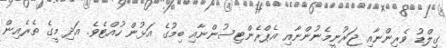
ގިލްޑު ވެރިންނާއި ޖަރުނީމެނުންނާއި އެޕްރެންޓިސުންނާއި ބިމުގެ އަޅުން ހުއްޓެވެ. އަދި މީގެ ތެރެއިން